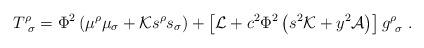
LaTeX: \begin{align*}T^\rho_{\ \sigma}=\Phi^2\left(\mu^\rho\mu_\sigma+{\cal K} s^\rho s_\sigma\right)+\left[{\cal L}+c^2\Phi^2 \left(s^2 {\cal K}+y^2{\cal A}\right)\right]g^\rho_{\ \sigma}\ .\end{align*}